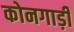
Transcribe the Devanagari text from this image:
कोनगाड़ी